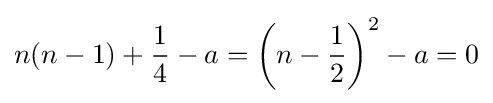
n(n-1)+{\frac {1}{4}}-a=\left(n-{\frac {1}{2}}\right)^{2}-a=0